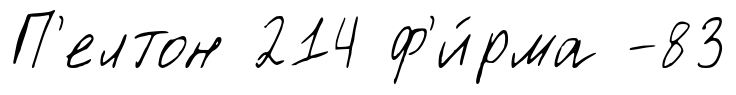
П'елтон 214 ф'и́рма -83